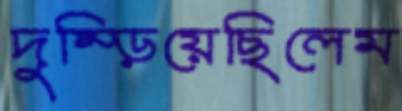
দুম্‌ড়িয়েছিলেম